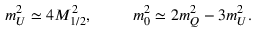
m _ { U } ^ { 2 } \simeq 4 M _ { 1 / 2 } ^ { 2 } , \; \; \; \; \; \; \; \; \; m _ { 0 } ^ { 2 } \simeq 2 m _ { Q } ^ { 2 } - 3 m _ { U } ^ { 2 } .